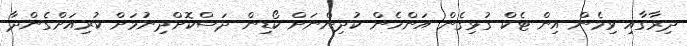
ދިރާގާއި ވިމެން އިން ޓެކް ގުޅިގެން އަންހެން ކުދިންނަށް ކޯޑިން ދަސްކޮށްދިނުމަށް ކުރިއަށްގެންދާ